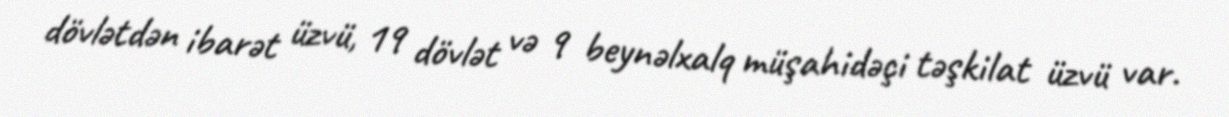
dövlətdən ibarət üzvü, 19 dövlət və 9 beynəlxalq müşahidəçi təşkilat üzvü var.